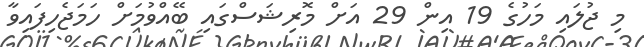
މި ޖުލައި މަހުގެ 19 އިން 29 އަށް މޮރިޝަސްގައި ބޭއްވުމަށް ހަމަޖެހިފައިވާ